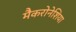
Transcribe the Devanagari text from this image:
मैकरोनेशिया